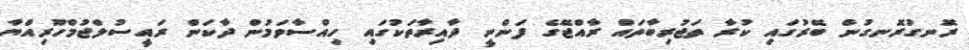
ރޮނގުރޮނގުން ބޭރުގައި ކުރާ ތަޖުރިބާތައް ރާއްޖޭގެ ފަންނީ ދާއިރާތަކުގައި ހިއްސާވަމުން ދާކަން ރައީސުލްޖުމްހޫރިއްޔާ